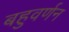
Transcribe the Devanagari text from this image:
बहुवर्णन